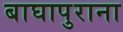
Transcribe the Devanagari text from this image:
बाघापुराना